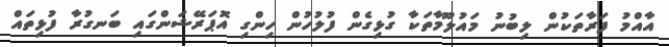
އާއްމު ފަރާތަކުން ލިބުނު މައުލޫމާތަކާ ގުޅިގެން ފުލުހުން ހިންގި އޮޕަރޭޝަންގައި ބަނގުރާ ފުޅިތައް